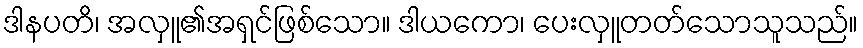
ဒါနပတိ၊ အလှူ၏အရှင်ဖြစ်သော။ ဒါယကော၊ ပေးလှူတတ်သောသူသည်။